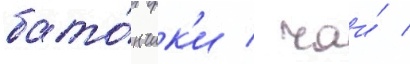
бато́нчик'и / чаи́ /